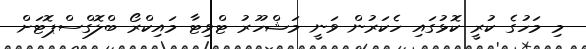
މި މަހުގެ ކުރީ ކޮޅުގައި ހެކަރުން ވަނީ މަޝްހޫރު ޓްވިޓާ މައިކްރޯ ބްލޮގްސްޕޮޓަށް